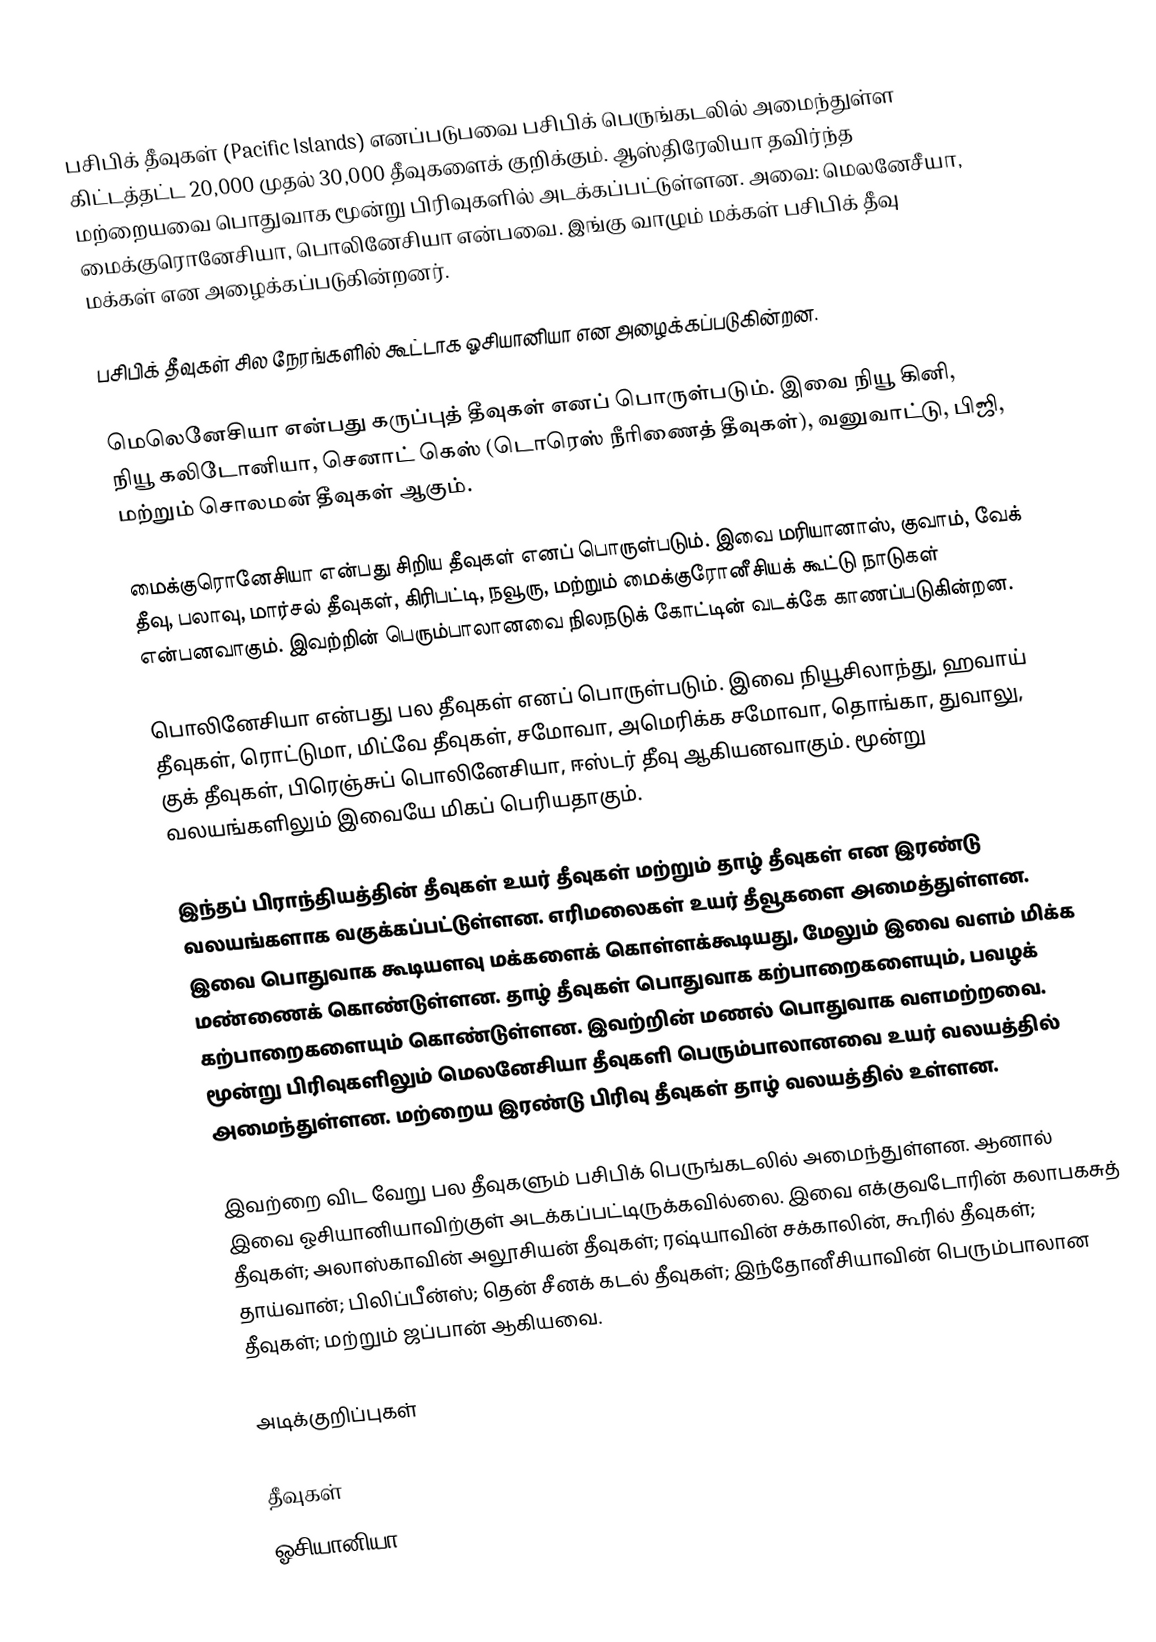
பசிபிக் தீவுகள் (Pacific Islands) எனப்படுபவை பசிபிக் பெருங்கடலில் அமைந்துள்ள கிட்டத்தட்ட 20,000 முதல் 30,000 தீவுகளைக் குறிக்கும். ஆஸ்திரேலியா தவிர்ந்த மற்றையவை பொதுவாக மூன்று பிரிவுகளில் அடக்கப்பட்டுள்ளன. அவை: மெலனேசீயா, மைக்குரொனேசியா, பொலினேசியா என்பவை. இங்கு வாழும் மக்கள் பசிபிக் தீவு மக்கள் என அழைக்கப்படுகின்றனர்.

பசிபிக் தீவுகள் சில நேரங்களில் கூட்டாக ஓசியானியா என அழைக்கப்படுகின்றன.

மெலெனேசியா என்பது கருப்புத் தீவுகள் எனப் பொருள்படும். இவை நியூ கினி, நியூ கலிடோனியா, செனாட் கெஸ் (டொரெஸ் நீரிணைத் தீவுகள்), வனுவாட்டு, பிஜி, மற்றும் சொலமன் தீவுகள் ஆகும்.

மைக்குரொனேசியா என்பது சிறிய தீவுகள் எனப் பொருள்படும். இவை மரியானாஸ், குவாம், வேக் தீவு, பலாவு, மார்சல் தீவுகள், கிரிபட்டி, நவூரு, மற்றும் மைக்குரோனீசியக் கூட்டு நாடுகள் என்பனவாகும். இவற்றின் பெரும்பாலானவை நிலநடுக் கோட்டின் வடக்கே காணப்படுகின்றன.

பொலினேசியா என்பது பல தீவுகள் எனப் பொருள்படும். இவை நியூசிலாந்து, ஹவாய் தீவுகள், ரொட்டுமா, மிட்வே தீவுகள், சமோவா, அமெரிக்க சமோவா, தொங்கா, துவாலு, குக் தீவுகள், பிரெஞ்சுப் பொலினேசியா, ஈஸ்டர் தீவு ஆகியனவாகும். மூன்று வலயங்களிலும் இவையே மிகப் பெரியதாகும்.

இந்தப் பிராந்தியத்தின் தீவுகள் உயர் தீவுகள் மற்றும் தாழ் தீவுகள் என இரண்டு வலயங்களாக வகுக்கப்பட்டுள்ளன. எரிமலைகள் உயர் தீவூகளை அமைத்துள்ளன. இவை பொதுவாக கூடியளவு மக்களைக் கொள்ளக்கூடியது, மேலும் இவை வளம் மிக்க மண்ணைக் கொண்டுள்ளன. தாழ் தீவுகள் பொதுவாக கற்பாறைகளையும், பவழக் கற்பாறைகளையும் கொண்டுள்ளன. இவற்றின் மணல் பொதுவாக வளமற்றவை. மூன்று பிரிவுகளிலும் மெலனேசியா தீவுகளி பெரும்பாலானவை உயர் வலயத்தில் அமைந்துள்ளன. மற்றைய இரண்டு பிரிவு தீவுகள் தாழ் வலயத்தில் உள்ளன.

இவற்றை விட வேறு பல தீவுகளும் பசிபிக் பெருங்கடலில் அமைந்துள்ளன. ஆனால் இவை ஓசியானியாவிற்குள் அடக்கப்பட்டிருக்கவில்லை. இவை எக்குவடோரின் கலாபகசுத் தீவுகள்; அலாஸ்காவின் அலூசியன் தீவுகள்; ரஷ்யாவின் சக்காலின், கூரில் தீவுகள்; தாய்வான்; பிலிப்பீன்ஸ்; தென் சீனக் கடல் தீவுகள்; இந்தோனீசியாவின் பெரும்பாலான தீவுகள்; மற்றும் ஜப்பான் ஆகியவை.

அடிக்குறிப்புகள்

தீவுகள்
ஓசியானியா